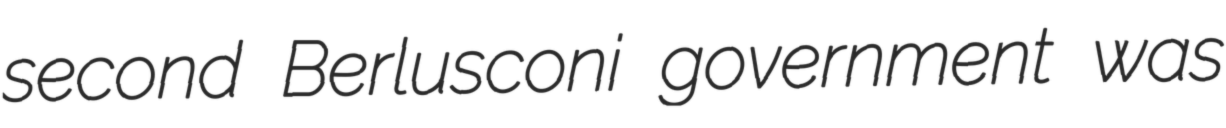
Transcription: second Berlusconi government was